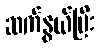
ဆက်နွယ်ပြီး